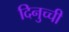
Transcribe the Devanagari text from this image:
दिनुच्ची